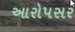
આરોપસર